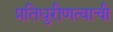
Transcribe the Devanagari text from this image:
प्रतिधुरीणत्वाची